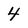
Character: 4